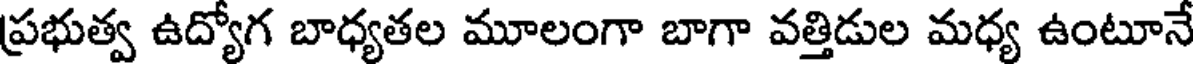
ప్రభుత్వ ఉద్యోగ బాధ్యతల మూలంగా బాగా వత్తిడుల మధ్య ఉంటూనే